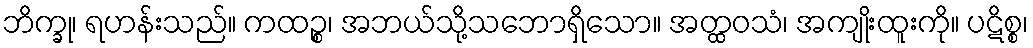
ဘိက္ခု၊ ရဟန်းသည်။ ကထဉ္စ၊ အဘယ်သို့သဘောရှိသော။ အတ္ထဝသံ၊ အကျိုးထူးကို။ ပဋိစ္စ၊